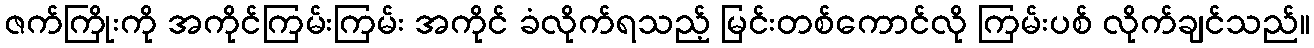
ဇက်ကြိုးကို အကိုင်ကြမ်းကြမ်း အကိုင် ခံလိုက်ရသည့် မြင်းတစ်ကောင်လို ကြမ်းပစ် လိုက်ချင်သည်။